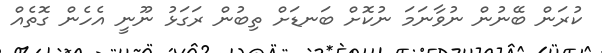
ކުރަން ބޭނުން ނުވާނަމަ ނުކޮށް ބަނޑަށް ތިބުން ރަގަޅު ނޫނީ އެހެން ގޮތެއް